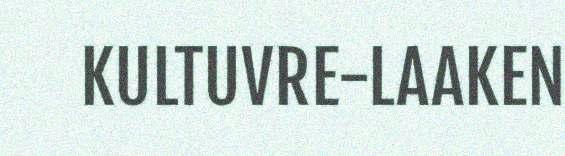
KULTUVRE-LAAKEN